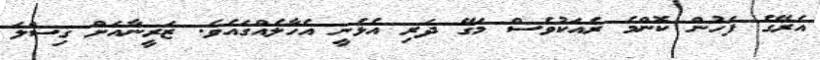
އެރޭގެ ފަހުން ކޮންމެ ރެއަކުވެސް މަގޭ ދަރި އެޅެނީ އެހާލެއްގައެވެ. ޒަރީނާއަށް ގިސްލަ